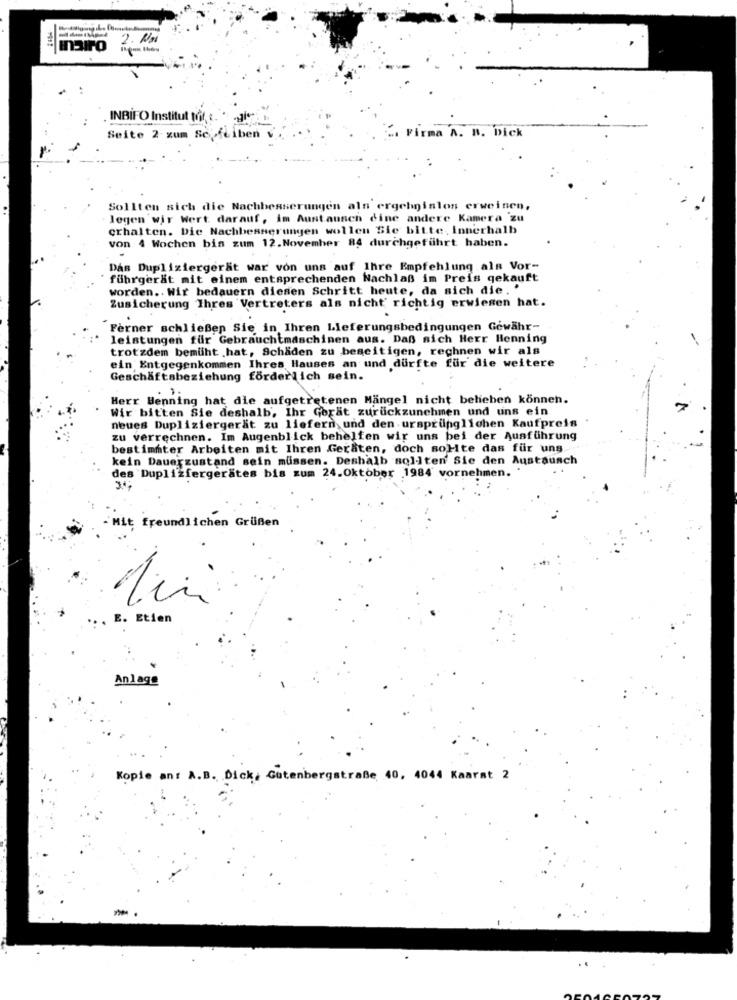
2. Na
INBIFO Institut tof. c.
Seite 2 zum Sc.fuiben
2. Firma A. B. Dick
Sollten sich die Nachbesserungen als ergebnislos erweisen,
legen wir Wert darauf, im Austausch dine andere Kamera zu
erhalten. Die Nachbesserungen wollen Sie bitte, Innerhalb
von 4 Wochen bis zum 12. November 84 durchgeführt haben.
Das Dupliziergerät war von uns auf Ihre Empfehlung als Vor-
führgerät mit einem entsprechenden Nachlaß im Preis gekauft
worden .. Wir bedauern diesen Schritt heute, da sich die. "
Zusicherung Ihres Vertreters als nicht richtig erwiesen hat.
Ferner schließen Sie in Ihren Lieferungsbedingungen Gewähr-
leistungen für Gebrauchtmaschinen aus. Daß sich Herr Henning
trotzdem bemüht hat, Schaden zu beseitigen, rechnen wir als
ein Entgegenkommen Ihres Hauses an und dürfte für die weitere
Geschäftsbeziehung förderlich sein.
Herr Benning hat die aufgetretenen Mängel nicht beheben können.
Wir bitten Sie deshalb, Ihr Gorat zurückzunehmen und uns ein
neues Dupliziergerät zu liefern und den ursprünglichen Kaufpreis
zu verrechnen. Im Augenblick behelfen wir uns bei der Ausführung
bestimmter Arbeiten mit Ihren Geraten, doch solte das für uns
kein Dauerzustand sein müssen. Deshalb sollten Sie den Austausch
des Duplizfergerates bis zum 24.Oktober 1984' vornehmen.
Mit freundlichen Grüßen
E. Etien
Anlage
Kopie an: A.B. Dick, Gutenbergstraße 40, 4044 Kaarst 2